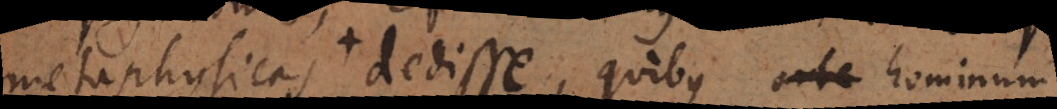
metaphysicas + dedisse, quibus arte hominum